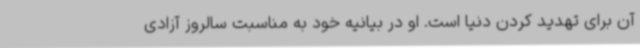
آن برای تهدید کردن دنیا است. او در بیانیه خود به مناسبت سالروز آزادی